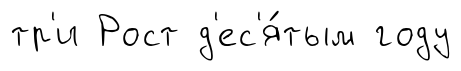
тр'и Рост д'ес'я́тым году